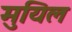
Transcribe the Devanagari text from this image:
मुयिल